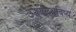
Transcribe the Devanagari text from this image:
उज्जवलभविष्य